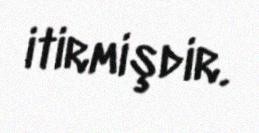
itirmişdir.